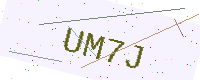
Text: UM7J